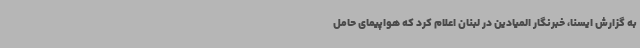
به گزارش ایسنا، خبرنگار المیادین در لبنان اعلام کرد که هواپیمای حامل